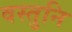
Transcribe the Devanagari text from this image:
वस्तुनि